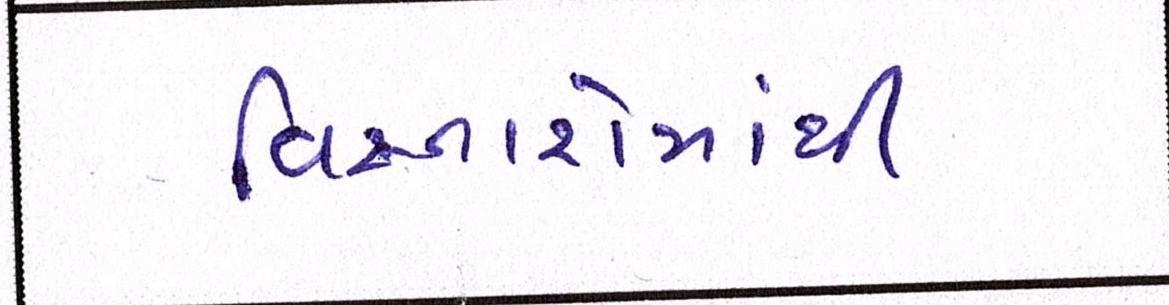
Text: વિસ્તારોમાંથી